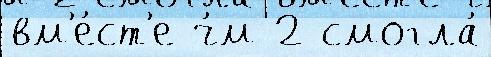
вм'е́ст'е ч́м 2 смогла́